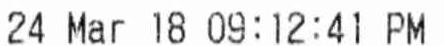
24 MAR 18 09:12:41 PM